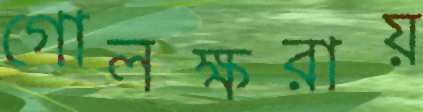
গোলক্ষরায়